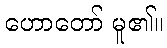
ဟောတော် မူ၏။